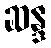
ဆန္ဒ